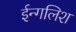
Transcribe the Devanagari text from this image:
ईन्गलिश